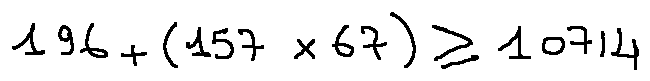
1 9 6 + ( 1 5 7 \times 6 7 ) \geq 1 0 7 1 4